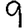
Digit: 9